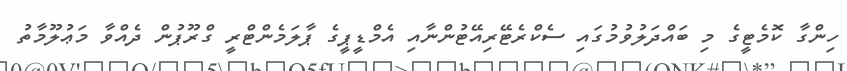
ހިންގާ ކޮމެޓީގެ މި ބައްދަލުވުމުގައި ސެކްރެޓޭރިއޭޓުންނާއި އެމްޑީޕީގެ ޕާލަމެންޓްރީ ގްރޫޕުން ދެއްވާ މަޢުލޫމާތު